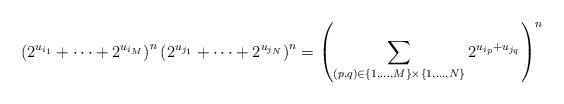
LaTeX: \begin{align*}\left(2^{u_{i_1}}+\cdots+2^{u_{i_M}}\right)^n\left(2^{u_{j_1}}+\cdots+2^{u_{j_N}}\right)^n=\left(\sum_{(p, q)\in\{1, \ldots, M\}\times\{1, \ldots, N\}}2^{u_{i_p}+u_{j_q}}\right)^n\end{align*}